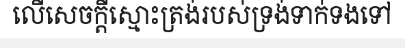
លើសេចក្តីស្មោះត្រង់របស់ទ្រង់ទាក់ទងទៅ